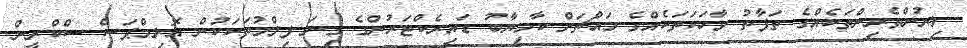
ލިޔުންތެރިންތަކެއްގެ ތަފާތު ވާހަކަތަކެއްގެ މައްޗަށް ކާމިޔާބު ޑައިރެކްޓަރުންގެ ގިނަ ފިލްމުތަކަކުން އޮލިމްޕަސް ސްކްރީން